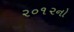
૨૦૧૨નો